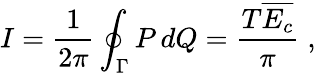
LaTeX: I=\frac{1}{2\pi}\oint_{\Gamma}P\, dQ=\frac{T\overline{{E_{c}}}}{\pi}\; ,